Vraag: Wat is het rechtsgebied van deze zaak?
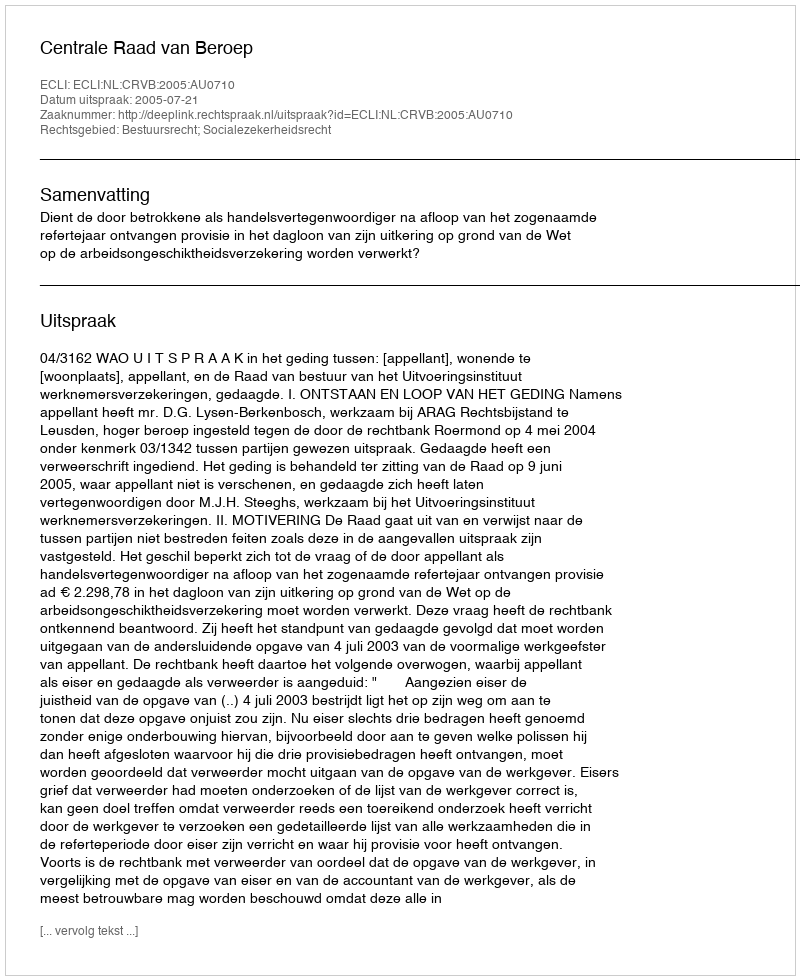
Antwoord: Bestuursrecht; Socialezekerheidsrecht